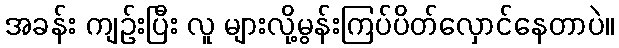
အခန်း ကျဉ်းပြီး လူ များလို့မွန်းကြပ်ပိတ်လှောင်နေတာပဲ။